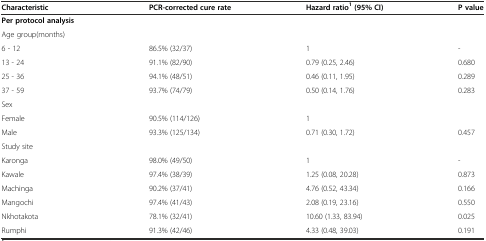
<table><thead><tr><td><b>Characteristic</b></td><td><b>PCR-corrected cure rate</b></td><td><b>Hazard ratio<sup>1</sup>(95% CI)</b></td><td><b>P value</b></td></tr></thead><tbody><tr><td><b>Per protocol analysis</b></td><td></td><td></td><td></td></tr><tr><td>Age group(months)</td><td></td><td></td><td></td></tr><tr><td>6 - 12</td><td>86.5% (32/37)</td><td>1</td><td>-</td></tr><tr><td>13 - 24</td><td>91.1% (82/90)</td><td>0.79 (0.25, 2.46)</td><td>0.680</td></tr><tr><td>25 - 36</td><td>94.1% (48/51)</td><td>0.46 (0.11, 1.95)</td><td>0.289</td></tr><tr><td>37 - 59</td><td>93.7% (74/79)</td><td>0.50 (0.14, 1.76)</td><td>0.283</td></tr><tr><td>Sex</td><td></td><td></td><td></td></tr><tr><td>Female</td><td>90.5% (114/126)</td><td>1</td><td></td></tr><tr><td>Male</td><td>93.3% (125/134)</td><td>0.71 (0.30, 1.72)</td><td>0.457</td></tr><tr><td>Study site</td><td></td><td></td><td></td></tr><tr><td>Karonga</td><td>98.0% (49/50)</td><td>1</td><td>-</td></tr><tr><td>Kawale</td><td>97.4% (38/39)</td><td>1.25 (0.08, 20.28)</td><td>0.873</td></tr><tr><td>Machinga</td><td>90.2% (37/41)</td><td>4.76 (0.52, 43.34)</td><td>0.166</td></tr><tr><td>Mangochi</td><td>97.4% (41/43)</td><td>2.08 (0.19, 23.16)</td><td>0.550</td></tr><tr><td>Nkhotakota</td><td>78.1% (32/41)</td><td>10.60 (1.33, 83.94)</td><td>0.025</td></tr><tr><td>Rumphi</td><td>91.3% (42/46)</td><td>4.33 (0.48, 39.03)</td><td>0.191</td></tr></tbody></table>